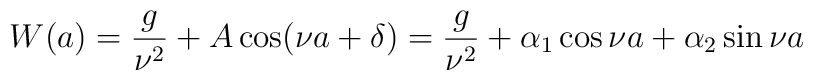
W(a) = \frac{g}{\nu^2} + A\cos(\nu a + \delta) = \frac{g}{\nu^2} +\alpha_{1}\cos\nu a +\alpha_{2}\sin\nu a